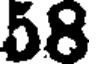
58